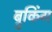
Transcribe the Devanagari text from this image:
ब्रुकिंग